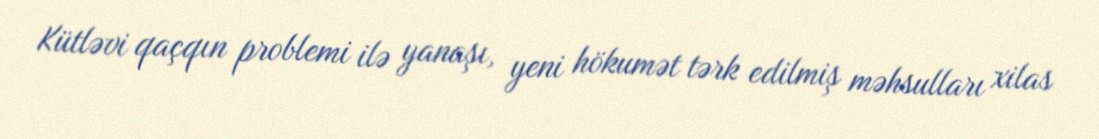
Kütləvi qaçqın problemi ilə yanaşı, yeni hökumət tərk edilmiş məhsulları xilas